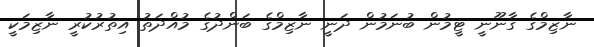
ނާޒިމްގެ ގާނޫނީ ޓީމުން ބުނަމުން ދަނީ ނާޒިމްގެ ބަންދުގެ މުއްދަތު އިތުރުކުރީ ނާޒިމަކީ